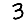
Digit: 3